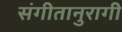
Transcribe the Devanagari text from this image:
संगीतानुरागी